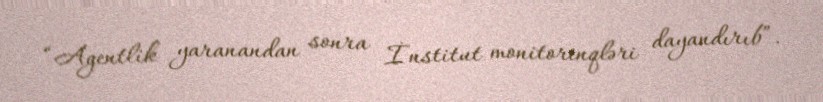
“Agentlik yaranandan sonra İnstitut monitorinqləri dayandırıb”.